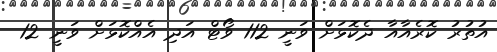
އުތުރު ކޮރެއާއާ ދެކޮޅަށް ވަނީ 112 ވޯޓް އަދި އެއްކޮޅަށް ވަނީ 12